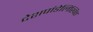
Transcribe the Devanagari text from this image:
देशपांडेलिखित